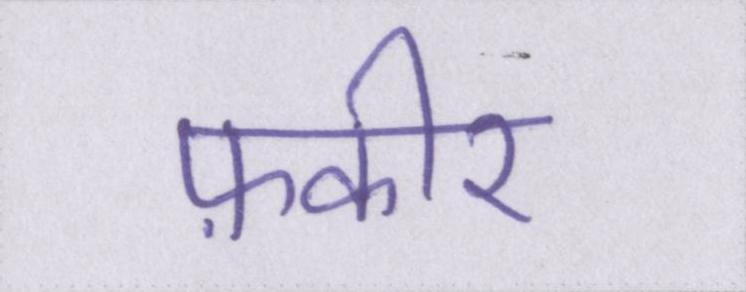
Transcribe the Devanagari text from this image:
फ़कीर